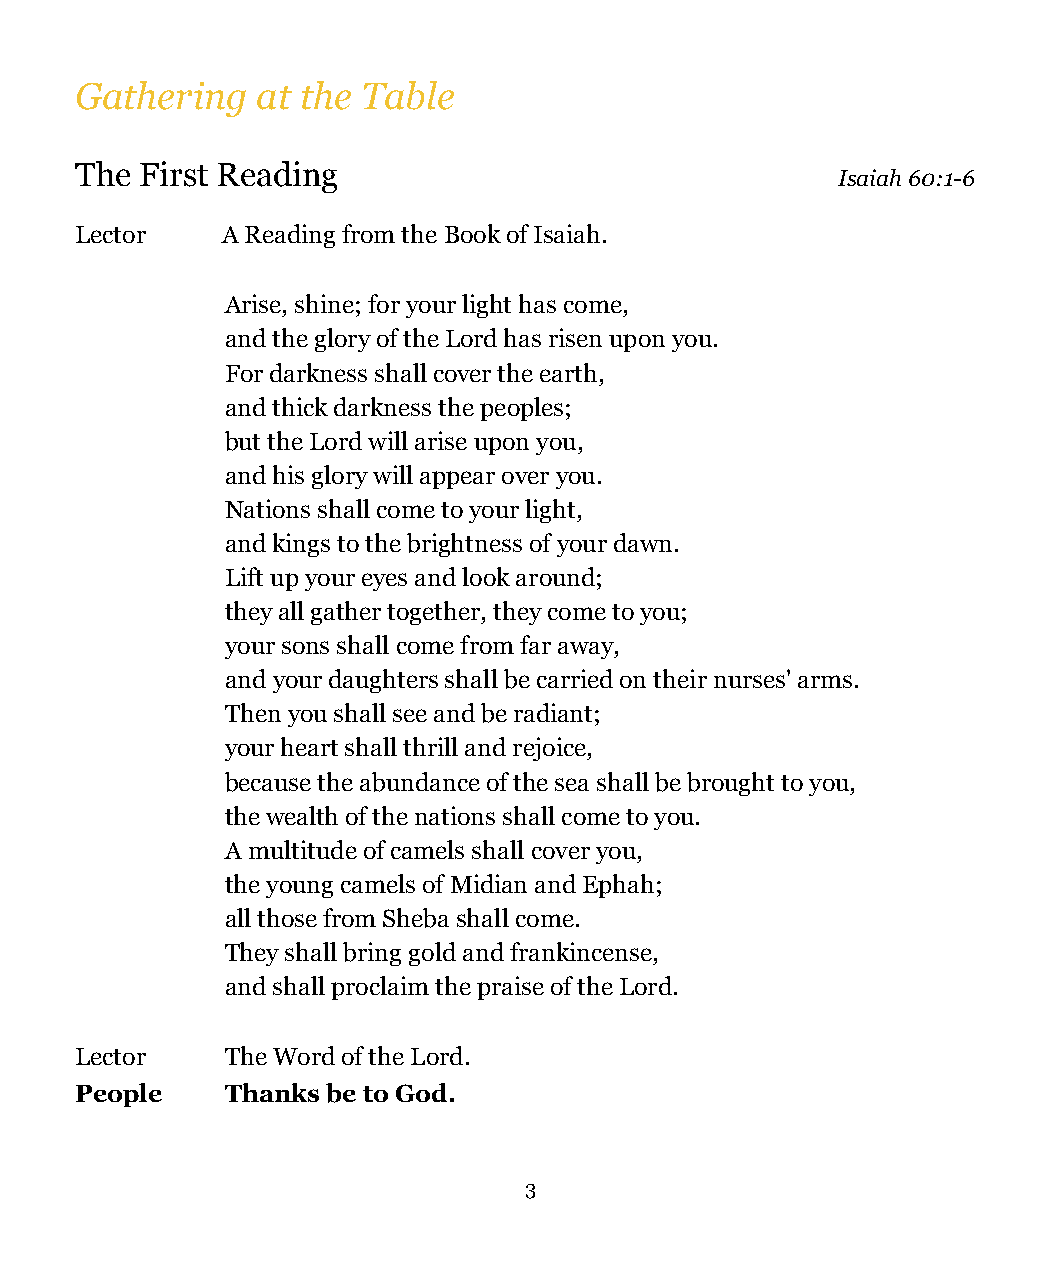
Gathering   at the Table
 The First Reading
 Isaiah 60:1-6
 Lector    A Reading from the Book of Isaiah.
 Arise, shine; for your light has come,
 and the glory of the Lord has risen upon you.
 For darkness shall cover the earth,
 and thick darkness the peoples;
 but the Lord will arise upon you,
 and his glory will appear over you.
 Nations shall come to your light,
 and kings to the brightness of your dawn.
 Lift up your eyes and look around;
 they all gather together, they come to you;
 your sons shall come from far away,
 and your daughters shall be carried on their nurses' arms.
 Then you shall see and be radiant;
 your heart shall thrill and rejoice,
 because the abundance of the sea shall be brought to you,
 the wealth of the nations shall come to you.
 A multitude of camels shall cover you,
 the young camels of Midian and Ephah;
 all those from Sheba shall come.
 They shall bring gold and frankincense,
 and shall proclaim the praise of the Lord.
 Lector    The Word of the Lord.
 People    Thanks be to God.
 3